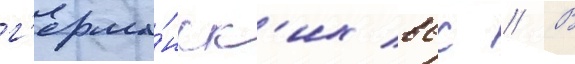
г'ерма́нск'их ввс // В